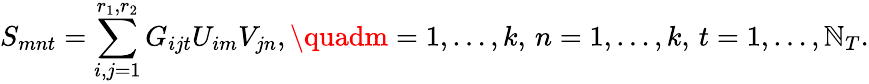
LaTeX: S_{mnt}=\sum_{i,j=1}^{r_{1},r_{2}}G_{ijt}U_{im}V_{jn},\quadm=1,\ldots,k,\, n=1,\ldots,k,\, t=1,\ldots,\mathbb{N}_{T}.